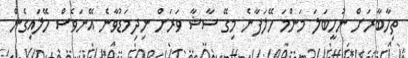
ތިހާބާރަށް ނުހީބަލަ މަންމަ ހޭލަފާނެ މިގޭ ސާޝާ ވަރަށް ނިދިމަޑުވާނެ އޭނަވެސް ހޭލައިގެން